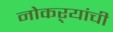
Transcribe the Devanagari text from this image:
नोकऱ्यांची